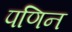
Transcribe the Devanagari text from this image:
पणिन